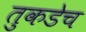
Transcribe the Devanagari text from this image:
तुकडेच